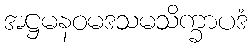
အဋ္ဌမနဝမဒသမသိက္ခာပဒံ